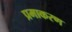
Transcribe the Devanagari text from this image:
प्रमाकरण